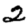
Digit: 2